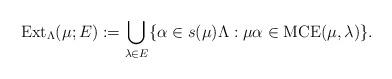
LaTeX: \begin{align*}\mathrm{Ext}_\Lambda(\mu;E):=\bigcup_{\lambda\in E}\{\alpha\in s(\mu)\Lambda:\mu\alpha\in\mathrm{MCE}(\mu,\lambda)\}.\end{align*}